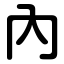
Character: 內